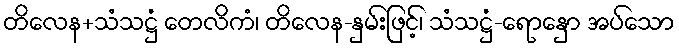
တိလေန+သံသဋ္ဌံ တေလိကံ၊ တိလေန-နှမ်းဖြင့်၊ သံသဋ္ဌံ-ရောနှော အပ်သော